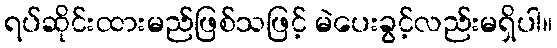
ရပ်ဆိုင်းထားမည်ဖြစ်သဖြင့် မဲပေးခွင့်လည်းမရှိပါ။